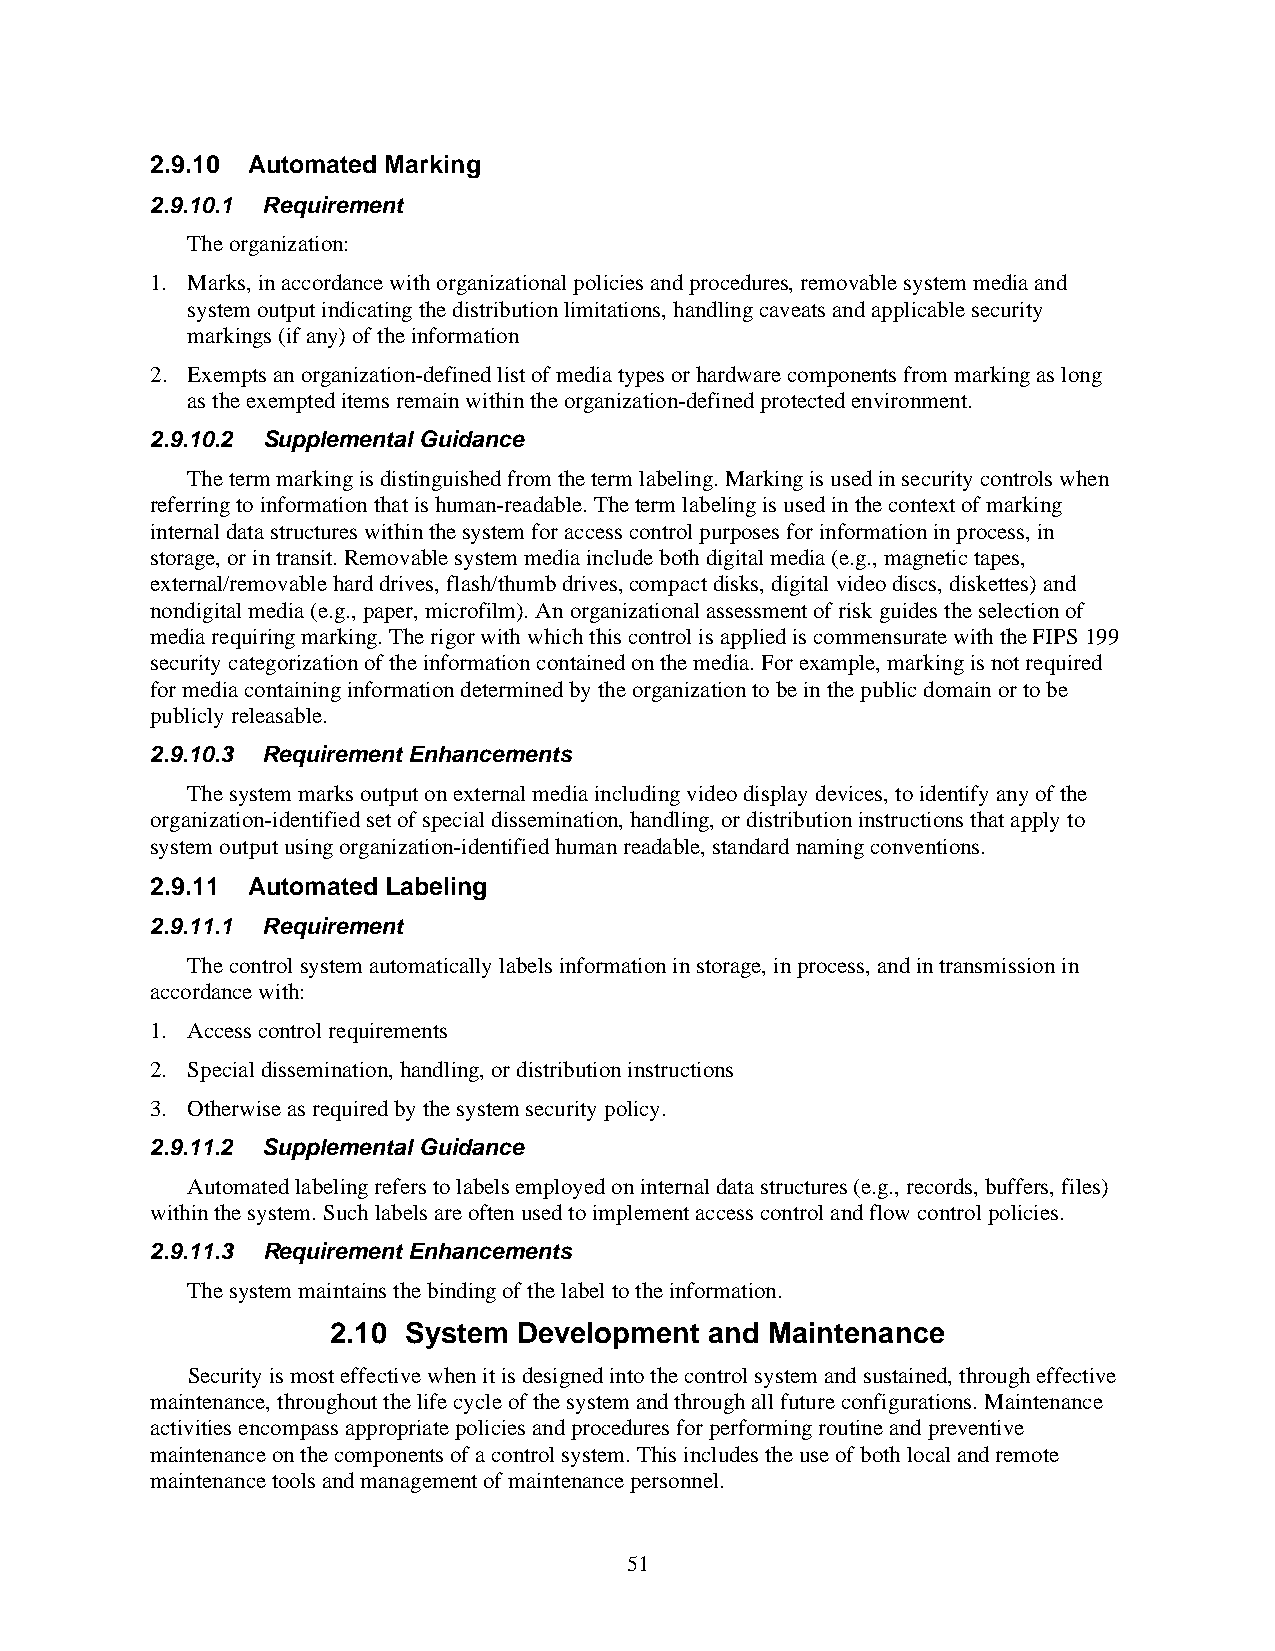
2.9.10 Automated Marking
 2.9.10.1 Requirement
 The organization:
 1. Marks, in accordance with organizational policies and procedures, removable system media and
 system output indicating the distribution limitations, handling caveats and applicable security
 markings (if any) of the information
 2. Exempts an organization-defined list of media types or hardware components from marking as long
 as the exempted items remain within the organization-defined protected environment.
 2.9.10.2 Supplemental Guidance
 The term marking is distinguished from the term labeling. Marking is used in security controls when
 referring to information that is human-readable. The term labeling is used in the context of marking
 internal data structures within the system for access control purposes for information in process, in
 storage, or in transit. Removable system media include both digital media (e.g., magnetic tapes,
 external/removable hard drives, flash/thumb drives, compact disks, digital video discs, diskettes) and
 nondigital media (e.g., paper, microfilm). An organizational assessment of risk guides the selection of
 media requiring marking. The rigor with which this control is applied is commensurate with the FIPS 199
 security categorization of the information contained on the media. For example, marking is not required
 for media containing information determined by the organization to be in the public domain or to be
 publicly releasable.
 2.9.10.3 Requirement Enhancements
 The system marks output on external media including video display devices, to identify any of the
 organization-identified set of special dissemination, handling, or distribution instructions that apply to
 system output using organization-identified human readable, standard naming conventions.
 2.9.11 Automated Labeling
 2.9.11.1 Requirement
 The control system automatically labels information in storage, in process, and in transmission in
 accordance with:
 1. Access control requirements
 2. Special dissemination, handling, or distribution instructions
 3. Otherwise as required by the system security policy.
 2.9.11.2 Supplemental Guidance
 Automated labeling refers to labels employed on internal data structures (e.g., records, buffers, files)
 within the system. Such labels are often used to implement access control and flow control policies.
 2.9.11.3 Requirement Enhancements
 The system maintains the binding of the label to the information.
 2.10 System Development  and Maintenance
 Security is most effective when it is designed into the control system and sustained, through effective
 maintenance, throughout the life cycle of the system and through all future configurations. Maintenance
 activities encompass appropriate policies and procedures for performing routine and preventive
 maintenance on the components of a control system. This includes the use of both local and remote
 maintenance tools and management of maintenance personnel.
 51